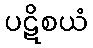
ပဋိစယံ